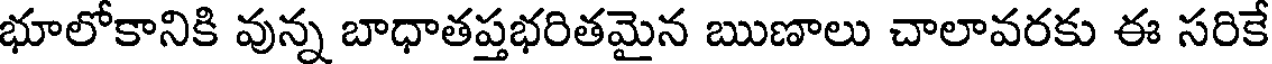
భూలోకానికి వున్న బాధాతప్తభరితమైన ఋణాలు చాలావరకు ఈ సరికే